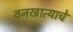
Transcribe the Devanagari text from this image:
वनखात्याचे